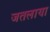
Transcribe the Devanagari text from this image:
जतलाया